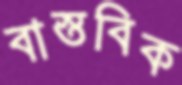
বাস্তবিক